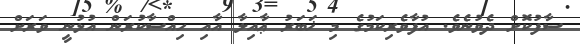
ސާފުކޮށް ދެވުނެވެ. އުފާވެރިކަމުގެ މި ޚަބަރު ޢާއިލާ އާއި ހިއްސާކުރަން އުޅުނީ ވަރަށް